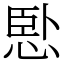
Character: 𢛶